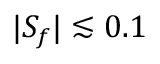
| S _ { f } | \lesssim 0 . 1